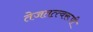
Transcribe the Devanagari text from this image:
तेजतत्त्वरूपी